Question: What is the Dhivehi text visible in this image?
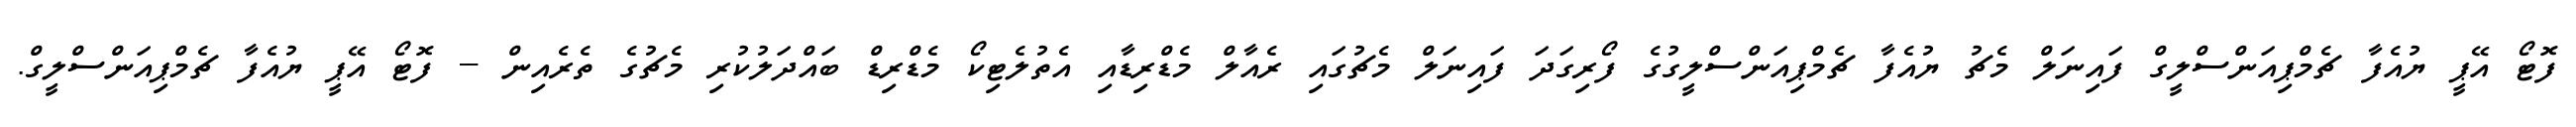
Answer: ފޮޓޯ އޭޕީ ޔުއެފާ ޗެމްޕިއަންސްލީގް ފައިނަލް މެޗު ޔުއެފާ ޗެމްޕިއަންސްލީގުގެ ފޯރިގަދަ ފައިނަލް މެޗުގައި ރެއާލް މެޑްރިޑާއި އެތުލެޓިކޯ މެޑްރިޑް ބައްދަލުކުރި މެޗުގެ ތެރެއިން -- ފޮޓޯ އޭޕީ ޔުއެފާ ޗެމްޕިއަންސްލީގް.